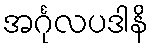
အင်္ဂုလပဒါနိ